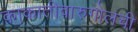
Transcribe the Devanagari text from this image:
काकातीवारुगोलची